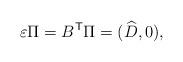
LaTeX: \begin{align*} \varepsilon\Pi = B^{\mathsf{T}} \Pi = (\widehat{D},0),\end{align*}